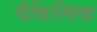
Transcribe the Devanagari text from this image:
चैकित्सिक